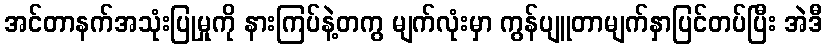
အင်တာနက်အသုံးပြုမှုကို နားကြပ်နဲ့တကွ မျက်လုံးမှာ ကွန်ပျူတာမျက်နှာပြင်တပ်ပြီး အဲဒီ